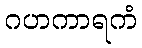
ဂဟကာရကံ